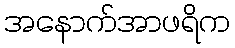
အနောက်အာဖရိက